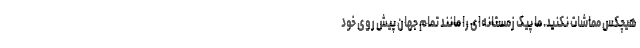
هیچکس مماشات نکنید. ما پیک زمستانه‌ای را مانند تمام جهان پیش روی خود